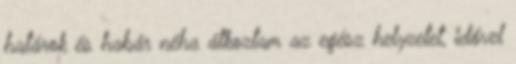
határok és habár néha átkoztam az egész helyzetet, idővel